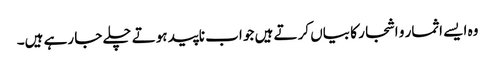
وہ ایسے اثمار و اشجار کا بیاں کرتے ہیں جو اب ناپید ہوتے چلے جا رہے ہیں۔